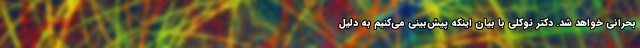
بحرانی خواهد شد. دکتر توکلی با بیان اینکه پیش‌بینی می‌کنیم به دلیل